Tezpur Lunatic Asylum reports 1877-1894 - 1877-1894
Year: 1877
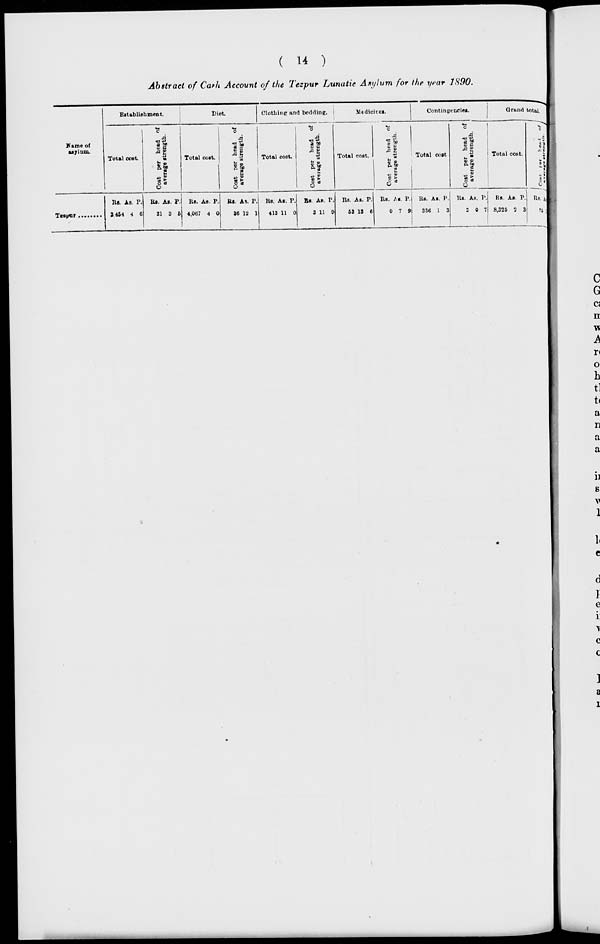
( W )
Abstract of Ca*h Account of the Tezpur Lunatic Asylum for the year 1S90.
EitabliRbmetit.
Diet
Clothing and bedding. |
Medicines.
Contingencies.
Grand total
1
Kame of
asylum.
Total coat
c
A
1 Sf
g g
*l
6
Total cost.
o
■ si
in
1
- ®
o a
Total cost.
"8
ll
o d
O
Total coat.
Cost per head of
average strength.
Total coat
c
JB
s =
C to
4)
S <
O
Total cost.
c
is
*{
i.;
t\ <
41 •
lie. As. P.
3 464 4 6
Bi. As. P.
31 3 6
Rs. Aa. P.
4,067 4 0
Ha. As. P.
36 12 1
Ha. As. P.
413 11 0
Rs. As. P.
3 11 9
Rs. Aa. P.
53 13 6
Rs. As. P.
0 7 9
Ha. As. P.
336 1 3
Ha. Aa. P.
3 0 7
Ha. Aa. P.
8,326 2 3
Rl.ll
'* ;